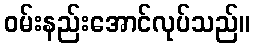
ဝမ်းနည်းအောင်လုပ်သည်။